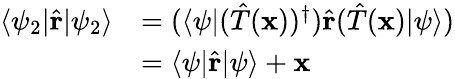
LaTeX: {\begin{array}{rl}{\langle\psi_{2}|{\hat{\mathbf{r}}}|\psi_{2}\rangle}&{=(\langle\psi|({\hat{T}}(\mathbf{x}))^{\dagger}){\hat{\mathbf{r}}}({\hat{T}}(\mathbf{x})|\psi\rangle)}\\ &{=\langle\psi|{\hat{\mathbf{r}}}|\psi\rangle+\mathbf{x}}\end{array}}